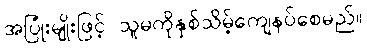
အပြုံးမျိုးဖြင့် သူမကိုနှစ်သိမ့်ကျေနပ်စေမည်။